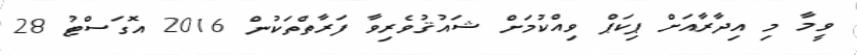
ވީމާ މި އިދާރާއަށް ޕިކަޕް ވިއްކުމަށް ޝައުޤުވެރިވާ ފަރާތްތަކުން 2016 އޮގަސްޓު 28